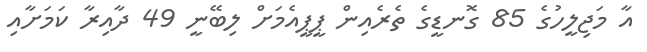
އާ މަޖިލީހުގެ 85 ގޮނޑީގެ ތެރެއިން ޕީޕީއެމަށް ލިބޭނީ 49 ދާއިރާ ކަމަށާއި